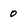
Character: 0